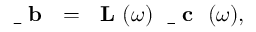
\mathrm { ~ \bf ~ \underline { ~ } { ~ b ~ } ~ } = \mathrm { ~ \bf ~ L ~ } ( \omega ) \mathrm { ~ \bf ~ \underline { ~ } { ~ c ~ } ~ } ( \omega ) ,